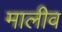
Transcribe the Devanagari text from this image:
मालीव